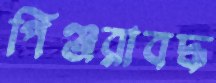
পিঞ্জরাবদ্ধ